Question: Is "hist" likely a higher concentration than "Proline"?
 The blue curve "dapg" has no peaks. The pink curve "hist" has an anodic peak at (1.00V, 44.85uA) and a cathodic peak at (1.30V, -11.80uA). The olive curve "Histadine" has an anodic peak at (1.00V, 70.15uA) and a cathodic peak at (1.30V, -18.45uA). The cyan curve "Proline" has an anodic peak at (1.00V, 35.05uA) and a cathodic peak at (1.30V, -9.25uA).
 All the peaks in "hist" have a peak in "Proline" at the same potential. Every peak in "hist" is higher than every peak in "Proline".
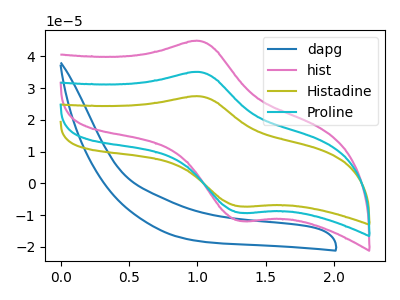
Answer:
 <answer>"hist" has more signal than "Proline".</answer>
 <eval>more_signal</eval>